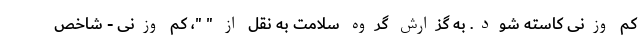
کم وزنی کاسته شود. به گزارش گروه سلامت به نقل از " "، کم وزنی - شاخص